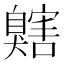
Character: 𦤬